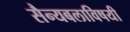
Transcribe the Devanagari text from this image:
सैन्यबलाविषयी